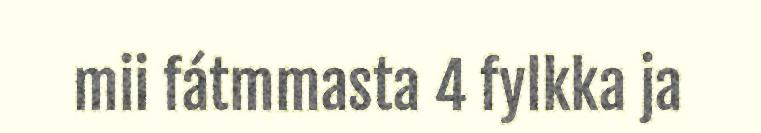
mii fátmmasta 4 fylkka ja